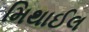
મિથાઈલ